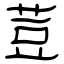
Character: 荳